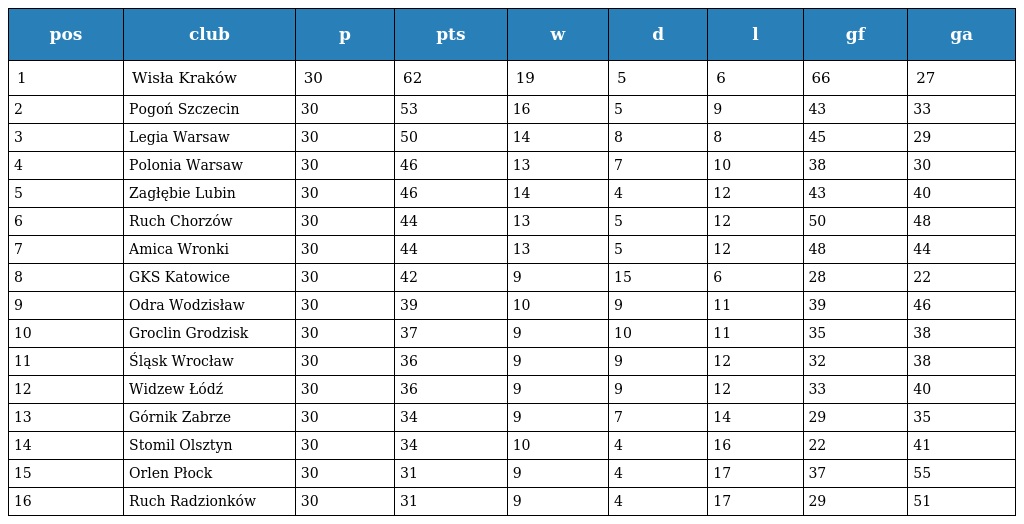
| pos | club | p | pts | w | d | l | gf | ga |
 | --- | --- | --- | --- | --- | --- | --- | --- | --- |
 | 1 | Wisła Kraków | 30 | 62 | 19 | 5 | 6 | 66 | 27 |
 | 2 | Pogoń Szczecin | 30 | 53 | 16 | 5 | 9 | 43 | 33 |
 | 3 | Legia Warsaw | 30 | 50 | 14 | 8 | 8 | 45 | 29 |
 | 4 | Polonia Warsaw | 30 | 46 | 13 | 7 | 10 | 38 | 30 |
 | 5 | Zagłębie Lubin | 30 | 46 | 14 | 4 | 12 | 43 | 40 |
 | 6 | Ruch Chorzów | 30 | 44 | 13 | 5 | 12 | 50 | 48 |
 | 7 | Amica Wronki | 30 | 44 | 13 | 5 | 12 | 48 | 44 |
 | 8 | GKS Katowice | 30 | 42 | 9 | 15 | 6 | 28 | 22 |
 | 9 | Odra Wodzisław | 30 | 39 | 10 | 9 | 11 | 39 | 46 |
 | 10 | Groclin Grodzisk | 30 | 37 | 9 | 10 | 11 | 35 | 38 |
 | 11 | Śląsk Wrocław | 30 | 36 | 9 | 9 | 12 | 32 | 38 |
 | 12 | Widzew Łódź | 30 | 36 | 9 | 9 | 12 | 33 | 40 |
 | 13 | Górnik Zabrze | 30 | 34 | 9 | 7 | 14 | 29 | 35 |
 | 14 | Stomil Olsztyn | 30 | 34 | 10 | 4 | 16 | 22 | 41 |
 | 15 | Orlen Płock | 30 | 31 | 9 | 4 | 17 | 37 | 55 |
 | 16 | Ruch Radzionków | 30 | 31 | 9 | 4 | 17 | 29 | 51 |